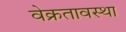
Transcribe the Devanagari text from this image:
वेक्रतावस्था